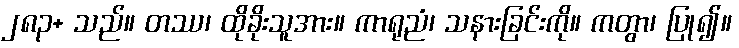
၂၈၃+ သည်။ တဿ၊ ထိုခိုးသူအား။ ကာရုညံ၊ သနားခြင်းကို။ ကတွာ၊ ပြု၍။